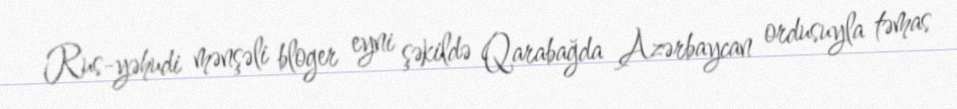
Rus-yəhudi mənşəli bloger eyni şəkildə Qarabağda Azərbaycan ordusuyla təmas